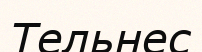
Тельнес